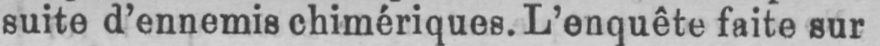
suite d’ennemis chimériques. L’enquête faite sur